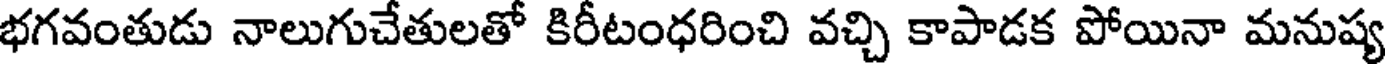
భగవంతుడు నాలుగుచేతులతో కిరీటంధరించి వచ్చి కాపాడక పోయినా మనుష్య